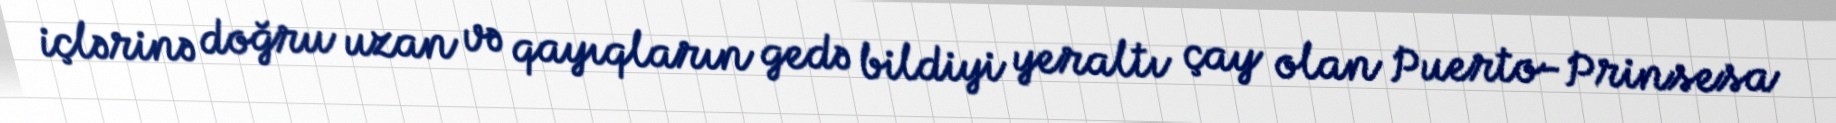
içlərinə doğru uzan və qayıqların gedə bildiyi yeraltı çay olan Puerto-Prinsesa